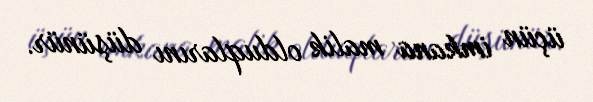
üçün imkana malik olduqlarını düşünür.